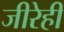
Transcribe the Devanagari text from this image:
जीरेही